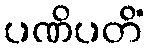
ပဏိပတိံ